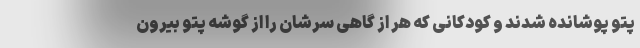
پتو پوشانده شدند و کودکانی که هر از گاهی سرشان را از گوشه پتو بیرون